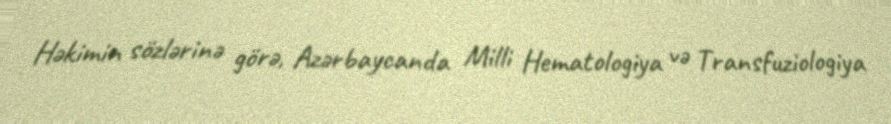
Həkimin sözlərinə görə, Azərbaycanda Milli Hematologiya və Transfuziologiya